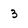
Character: 3